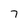
Character: 7